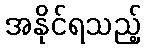
အနိုင်ရသည့်